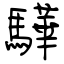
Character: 驊